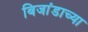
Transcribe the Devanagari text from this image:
बिजांडाच्या